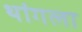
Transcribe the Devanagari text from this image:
थांगला